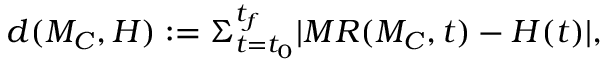
\begin{array} { l } { \left. \begin{array} { r } { d ( M _ { C } , H ) : = \Sigma _ { t = t _ { 0 } } ^ { t _ { f } } | M R ( M _ { C } , t ) - H ( t ) | , } \end{array} \right. } \end{array}